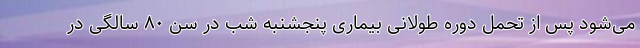
می‌شود پس از تحمل دوره طولانی بیماری پنجشنبه شب در سن ۸۰ سالگی در